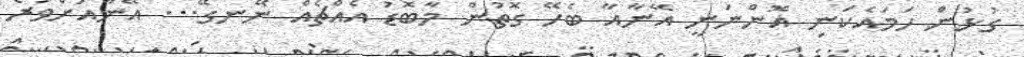
ގުޅުން ހަމައެކަނި އޮންނަނީ އޭނާއާ ބެހޭ ގޮތުން މާބޮޑު އެއްޗެއް ނޭނގޭ... އޭނާއަށްވުރެ